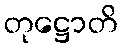
တုဋ္ဌောတိ